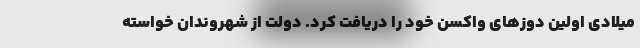
میلادی اولین دوزهای واکسن خود را دریافت کرد. دولت از شهروندان خواسته